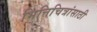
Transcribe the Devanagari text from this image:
भित्तिचित्रांसाठी